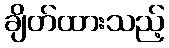
ချိတ်ထားသည့်